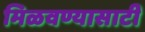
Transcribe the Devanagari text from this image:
मिळवण्यासाटी